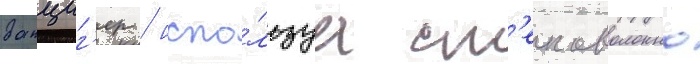
данциг'ер / испо́льзуа ст'екловолокно